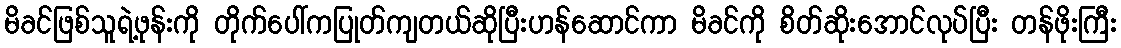
မိခင်ဖြစ်သူရဲ့ဖုန်းကို တိုက်ပေါ်ကပြုတ်ကျတယ်ဆိုပြီးဟန်ဆောင်ကာ မိခင်ကို စိတ်ဆိုးအောင်လုပ်ပြီး တန်ဖိုးကြီး